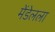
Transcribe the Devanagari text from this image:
मेंडेलला